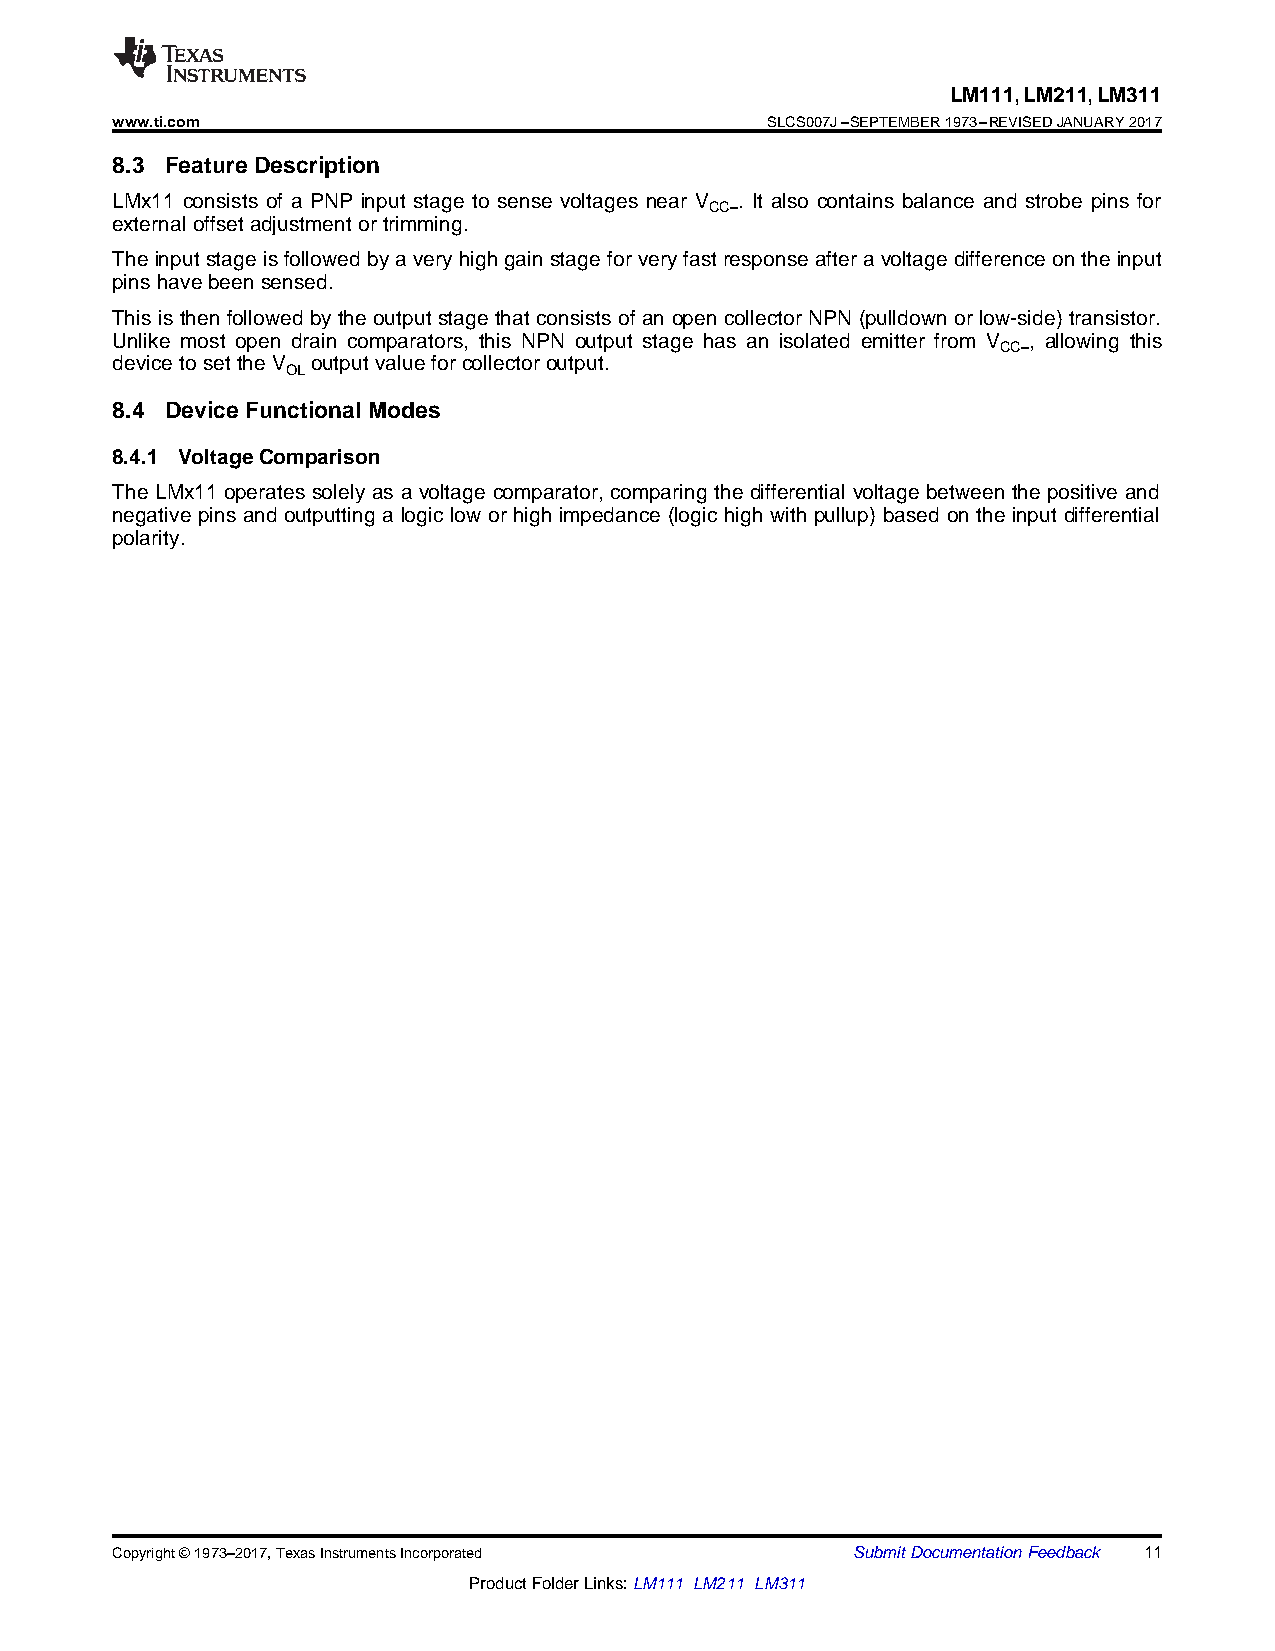
LM111,LM211,LM311
 www.ti.com                                  SLCS007J–SEPTEMBER1973–REVISEDJANUARY2017
 8.3 Feature Description
 LMx11 consists of a PNP input stage to sense voltages near V . It also contains balance and strobe pins for
 CC–
 externaloffset adjustmentortrimming.
 Theinputstageisfollowedbyaveryhighgainstagefor veryfast responseafteravoltagedifferenceontheinput
 pinshavebeensensed.
 This is then followed by the output stage that consists of an open collector NPN (pulldown or low-side) transistor.
 Unlike most open drain comparators, this NPN output stage has an isolated emitter from V , allowing this
 CC–
 devicetosettheV outputvalueforcollector output.
 OL
 8.4 Device Functional Modes
 8.4.1 VoltageComparison
 The LMx11 operates solely as a voltage comparator, comparing the differential voltage between the positive and
 negative pins and outputting a logic low or high impedance (logic high with pullup) based on the input differential
 polarity.
 Copyright©1973–2017,TexasInstrumentsIncorporated SubmitDocumentationFeedback 11
 ProductFolderLinks:LM111 LM211 LM311